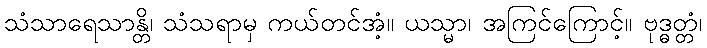
သံသာရေသာန္တိ၊ သံသရာမှ ကယ်တင်အံ့။ ယသ္မာ၊ အကြင်ကြောင့်။ ဗုဒ္ဓတ္တံ၊